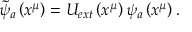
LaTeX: \widetilde { \psi } _ { a } \left( x ^ { \mu } \right) = U _ { e x t } \left( x ^ { \mu } \right) \psi _ { a } \left( x ^ { \mu } \right) .